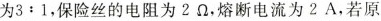
为3:1，保险丝的电阻为2Ω，熔断电流为2A，若原